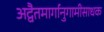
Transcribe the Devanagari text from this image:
अद्वैतमार्गानुगामीसाधक